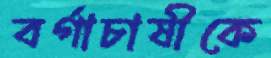
বর্গাচাষীকে